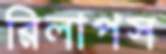
রিলাপস